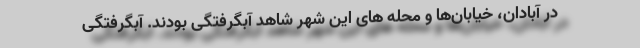
در آبادان، خیابان‌ها و محله های این شهر شاهد آبگرفتگی بودند. آبگرفتگی